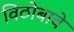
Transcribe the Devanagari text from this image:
विठोबावे